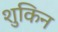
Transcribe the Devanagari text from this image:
शुकिन